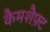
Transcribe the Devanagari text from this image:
कैमशैफ़्ट